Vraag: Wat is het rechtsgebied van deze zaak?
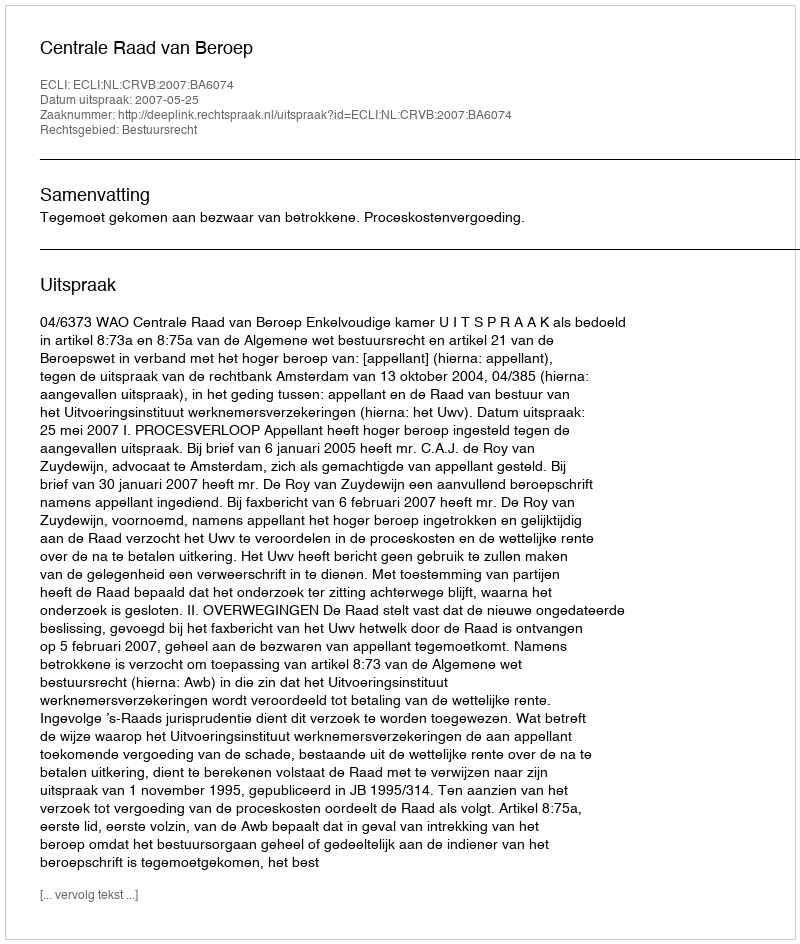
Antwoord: Bestuursrecht